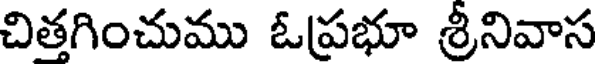
చితగించుము ఓప్రభూ శ్రీనివాస